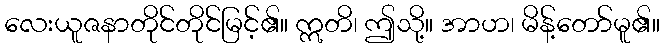
လေးယူဇနာတိုင်တိုင်မြင့်၏။ ဣတိ၊ ဤသို့။ အာဟ၊ မိန့်တော်မူ၏။